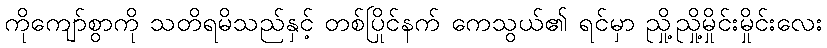
ကိုကျော်စွာကို သတိရမိသည်နှင့် တစ်ပြိုင်နက် ကေသွယ်၏ ရင်မှာ ညှို့ညှို့မှိုင်းမှိုင်းလေး